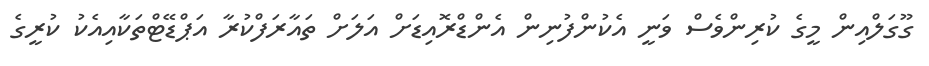
ގޫގަލްއިން މީގެ ކުރިންވެސް ވަނީ އެކުންފުނިން އެންޑްރޮއިޑަށް އަލަށް ތައާރަފްކުރާ އަޕްޑޭޓްތަކާއިއެކު ކުރީގެ